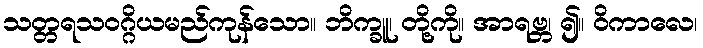
သတ္တရသဝဂ္ဂိယမည်ကုန်သော။ ဘိက္ခူ၊ တို့ကို။ အာရဗ္ဘ၊ ၍။ ဝိကာလေ၊